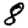
Digit: 8